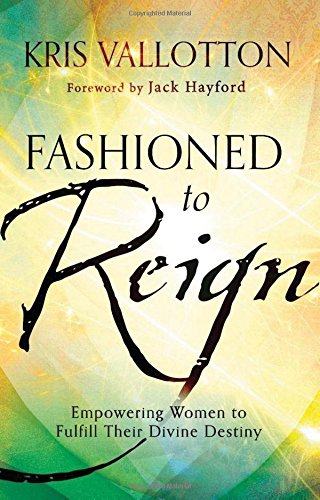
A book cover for Fashioned to Reign: Empowering Women to Fulfill Their Divine Destiny; Kris Vallotton; Biographies & Memoirs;